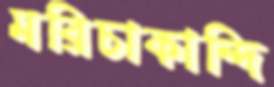
মরিচাকান্দি